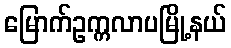
မြောက်ဥက္ကလာပမြို့နယ်